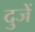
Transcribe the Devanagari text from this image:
दुजें